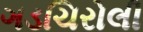
ગડચિરોલી